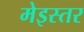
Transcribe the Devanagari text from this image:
मेइस्तर